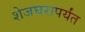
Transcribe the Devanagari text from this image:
शेजघरापर्यंत